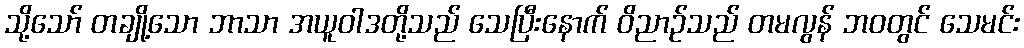
သို့သော် တချို့သော ဘာသာ အယူဝါဒတို့သည် သေပြီးနောက် ဝိညာဉ်သည် တမလွန် ဘဝတွင် သေမင်း